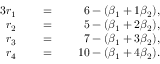
{ \begin{array} { r l r l r l } { { 3 } r _ { 1 } } & { } & { \; = \; } & { } & { 6 - ( \beta _ { 1 } + 1 \beta _ { 2 } ) , } & { } \\ { r _ { 2 } } & { } & { \; = \; } & { } & { 5 - ( \beta _ { 1 } + 2 \beta _ { 2 } ) , } & { } \\ { r _ { 3 } } & { } & { \; = \; } & { } & { 7 - ( \beta _ { 1 } + 3 \beta _ { 2 } ) , } & { } \\ { r _ { 4 } } & { } & { \; = \; } & { } & { 1 0 - ( \beta _ { 1 } + 4 \beta _ { 2 } ) . } & { } \end{array} }